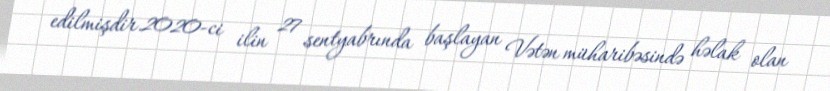
edilmişdir.2020-ci ilin 27 sentyabrında başlayan Vətən müharibəsində həlak olan